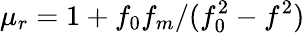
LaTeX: \mu_{r}=1+f_{0}f_{m}/(f_{0}^{2}-f^{2})